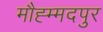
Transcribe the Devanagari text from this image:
मौह्म्मदपुर